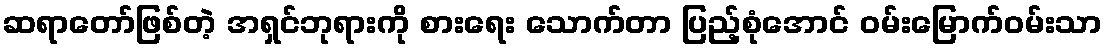
ဆရာတော်ဖြစ်တဲ့ အရှင်ဘုရားကို စားရေး သောက်တာ ပြည့်စုံအောင် ဝမ်းမြောက်ဝမ်းသာ